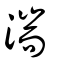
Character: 湍